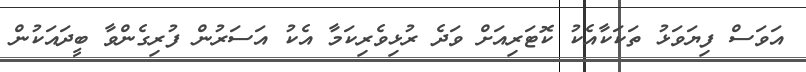
އަވަސް ފިޔަވަޅު ތަކަކާއެކު ކޮޓަރިއަށް ވަދެ ރުޅިވެރިކަމާ އެކު އަސަރުން ފުރިގެންވާ ބީދައަކުން